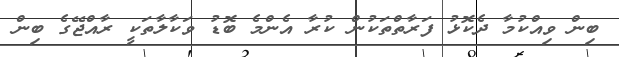
ބިން ވިއްކުމާ ދެކޮޅު ފަރާތްތަކުން ކުރާ އެންމެ ބޮޑު ވަކާލާތަކީ ރާއްޖޭގެ ބިން